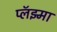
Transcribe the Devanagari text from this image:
प्लॅझ्मा